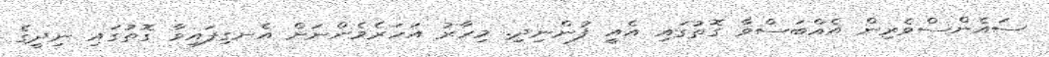
ސައެންސްވެރިން އެއްބަސްވާ ގޮތުގައި އެއީ ފުންނިދި. މިހާރު އަހަރެމެންނަށް އެނގިފައިވާ ގޮތުގައި ނިދީގެ